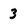
Character: 3